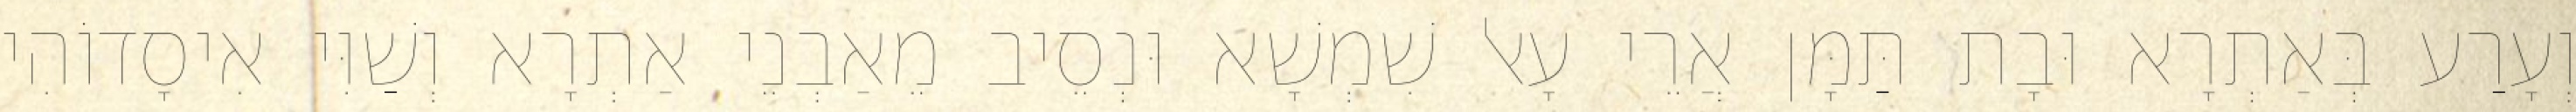
וְעָרַע בְּאַתְרָא וּבָת תַּמָּן אֲרֵי עָאל שִׁמְשָׁא וּנְסֵיב מֵאַבְנֵי אַתְרָא וְשַׁוִּי אִיסָדוֹהִי